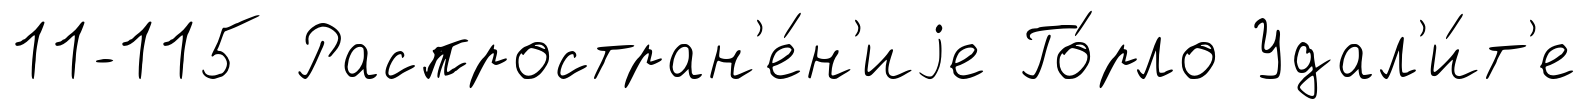
11-115 Распростран'е́н'иjе Го́рло Удал'и́т'е